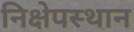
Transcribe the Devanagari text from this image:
निक्षेपस्थान